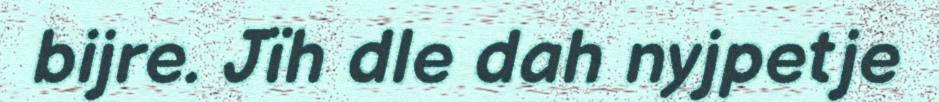
bijre. Jïh dle dah nyjpetje